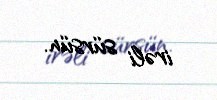
irəli sürsün.